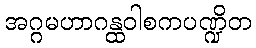
အဂ္ဂမဟာဂန္ထဝါစကပဏ္ဍိတ